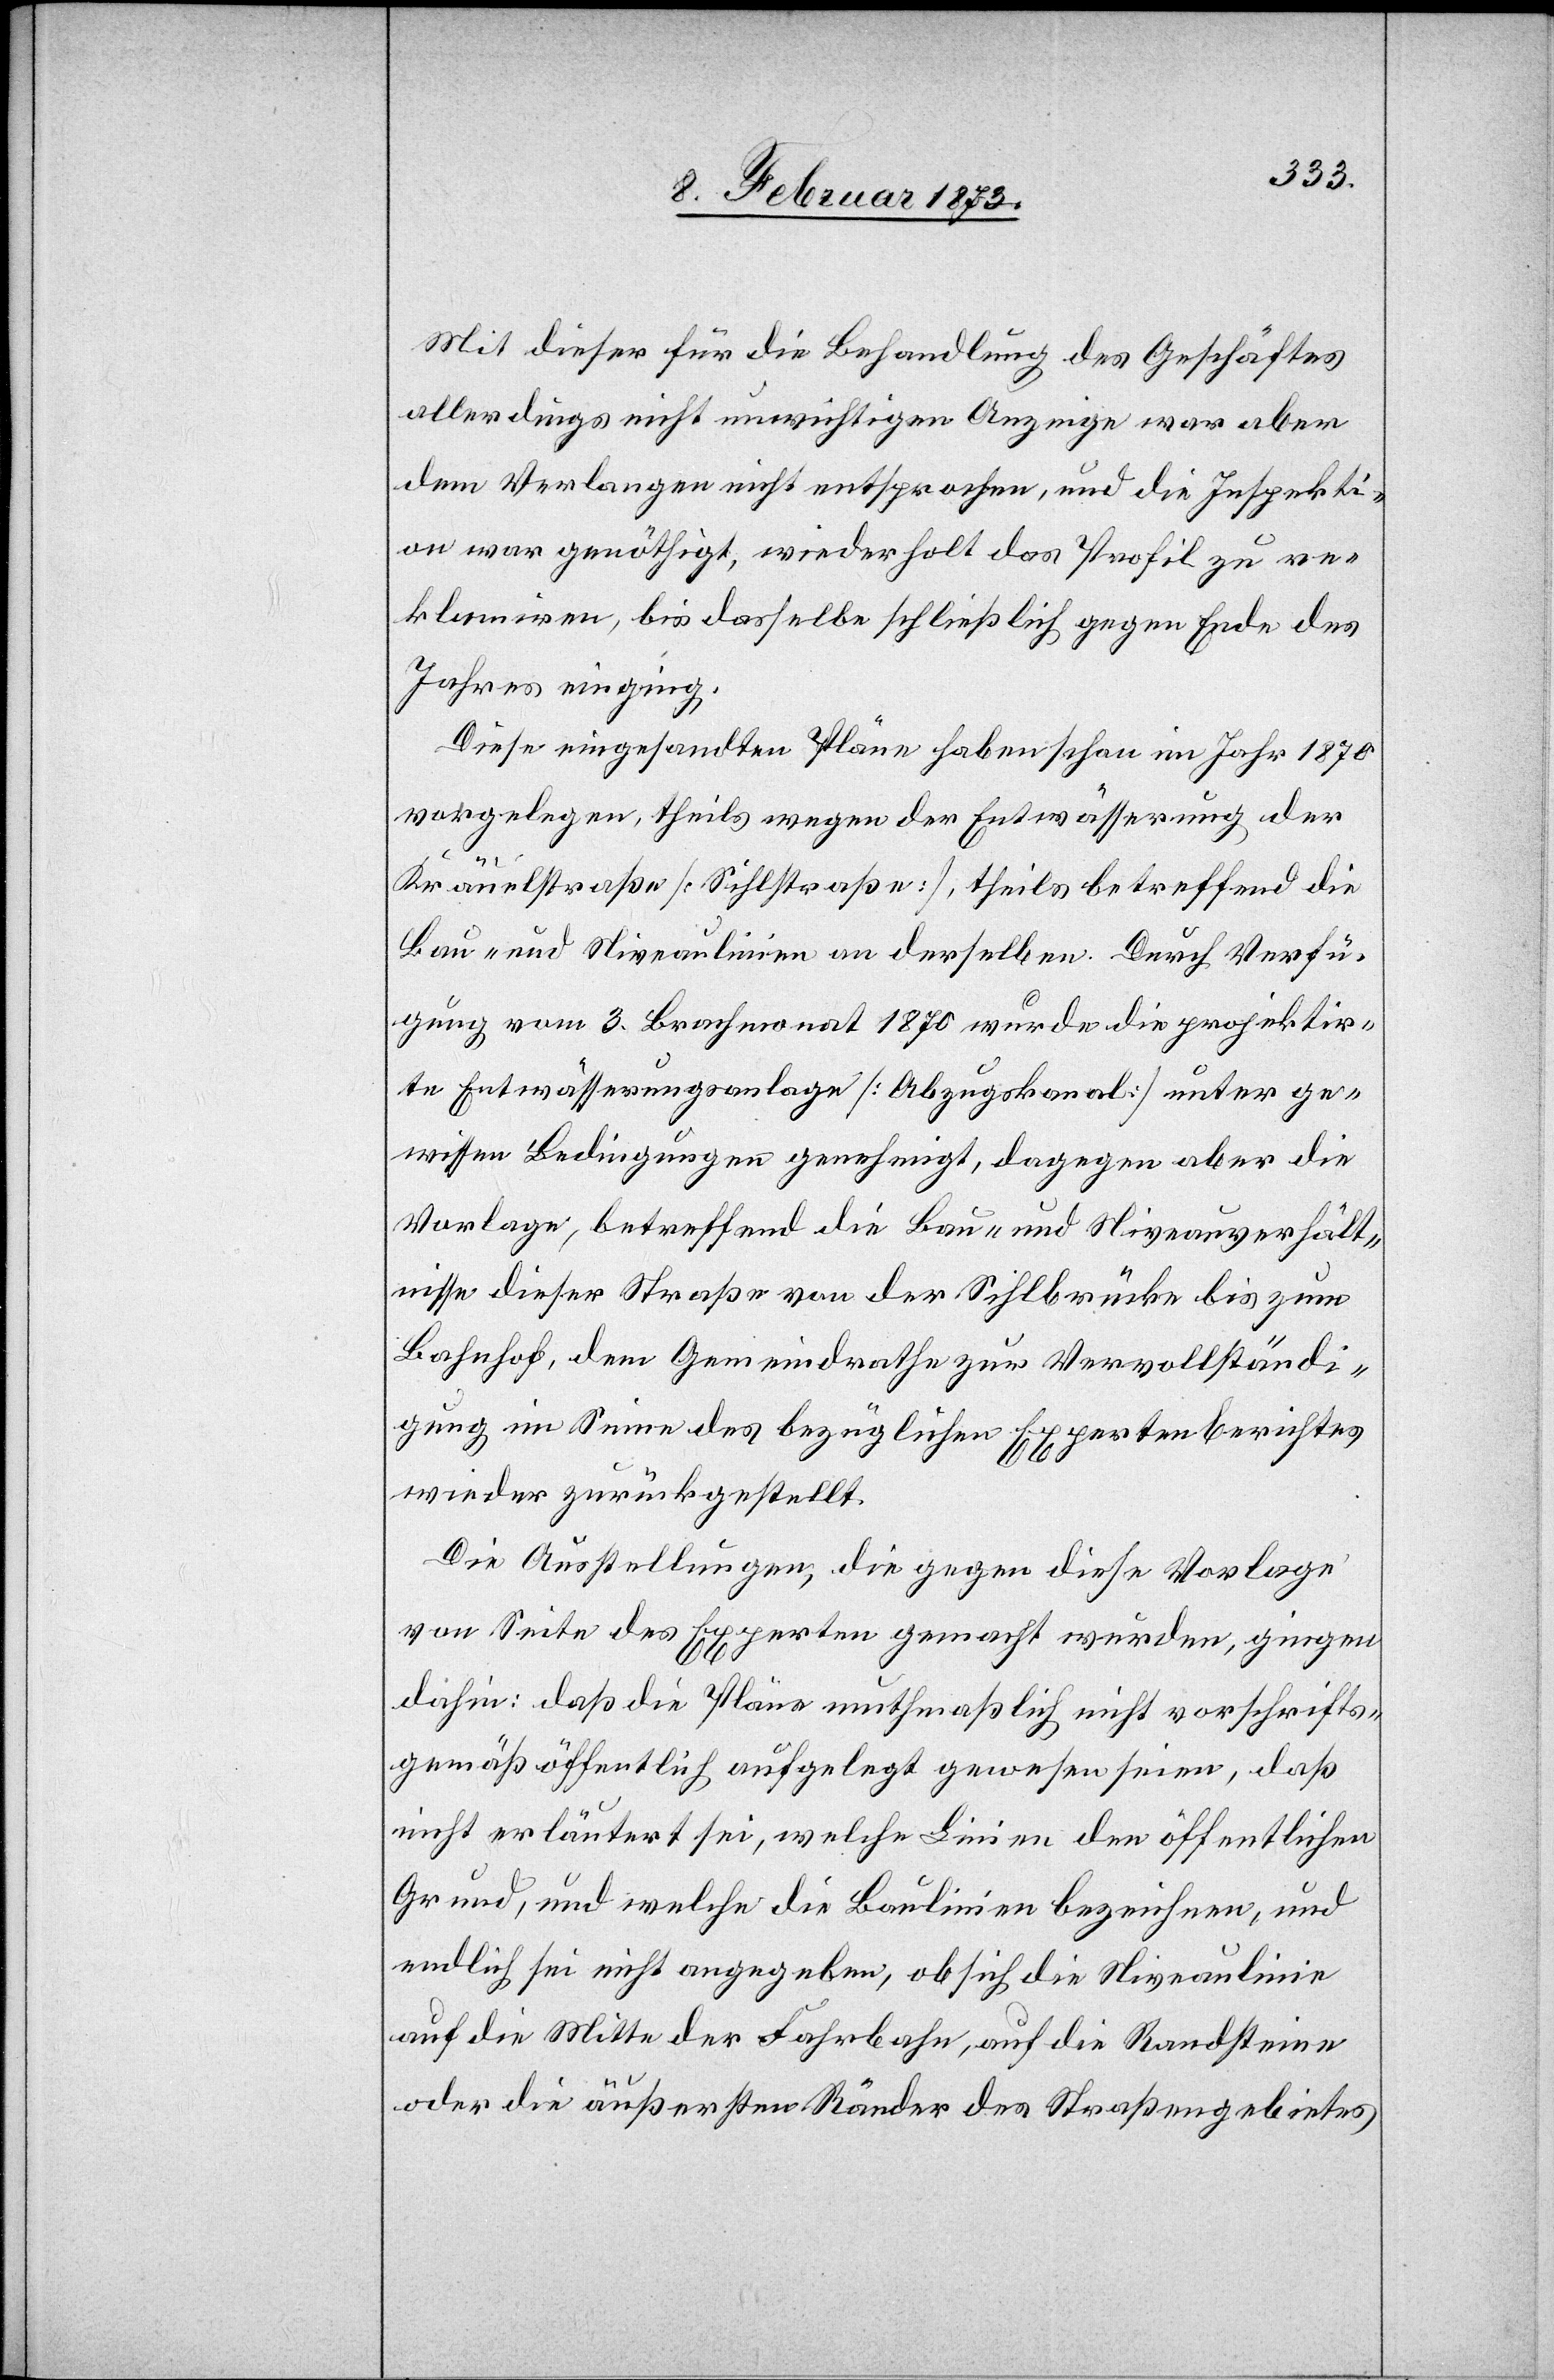
Mit dieser für die Behandlung des Geschäftes
allerdings nicht unwichtigen Anzeige war aber
dem Verlangen nicht entsprochen, und die Inspekti¬
on war genöthigt, wiederholt das Profil zu re¬
klamiren, bis dasselbe schließlich gegen Ende des
Jahres einging.
Diese eingesandten Pläne haben schon im Jahr 1870
vorgelegen, theils wegen der Entwässerung der
Kräuelstraße [Sihlstraße], theils betreffend die
Bau- und Niveaulinien an derselben. Durch Verfü¬
gung vom 3. Brachmonat 1870 wurde die projektir¬
te Entwässerungsanlage [Abzugskanal] unter ge¬
wissen Bedingungen genehmigt, dagegen aber die
Vorlage, betreffend die Bau- und Niveauverhält¬
nisse dieser Straße von der Sihlbrücke bis zum
Bahnhof, dem Gemeindrathe zur Vervollständi¬
gung im Sinne des bezüglichen Expertenberichtes
wieder zurückgestellt.
Die Ausstellungen, die gegen diese Vorlage
von Seite des Experten gemacht wurden, gingen
dahin: daß die Pläne muthmaßlich nicht vorschrifts¬
gemäß öffentlich aufgelegt gewesen seien, daß
nicht erläutert sei, welche Linien den öffentlichen
Grund, und welche die Baulinien bezeichnen, und
endlich sei nicht angegeben, ob sich die Niveaulinie
auf die Mitte der Fahrbahn, auf die Randsteine
oder die äußersten Ränder des Straßengebietes